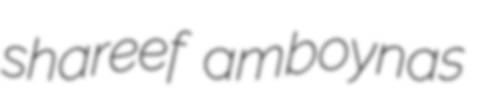
shareef amboynas